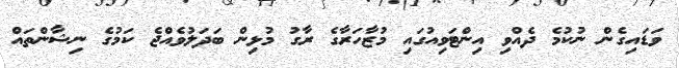
ވަޑައިގެން ނުކުމެ ދެއްވި އިންޓަވިއުގައި މުޒާހަރާގެ ރާގު މުޅިން ބަދަލުވެއްޖެ ކަމުގެ ނިޝާންތައް